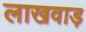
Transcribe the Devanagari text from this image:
लाखवाड़